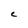
Character: C